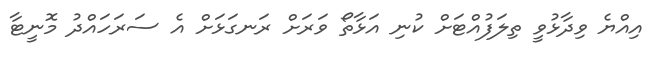
އިއްޔެ ވިދާޅުވީ ތިލަފުއްޓަށް ކުނި އަޅާތޯ ވަރަށް ރަނގަޅަށް އެ ސަރަހައްދު މޮނީޓާ